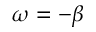
\omega = - \beta